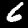
Digit: 6